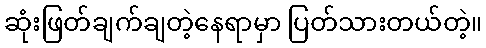
ဆုံးဖြတ်ချက်ချတဲ့နေရာမှာ ပြတ်သားတယ်တဲ့။